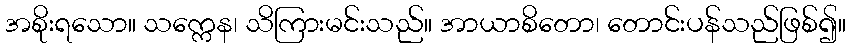
အစိုးရသော။ သက္ကေန၊ သိကြားမင်းသည်။ အာယာစိတော၊ တောင်းပန်သည်ဖြစ်၍။